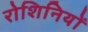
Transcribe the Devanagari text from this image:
रोशिनियों